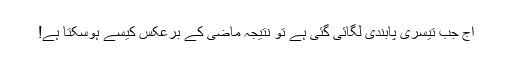
آج جب تیسری پابندی لگائی گئی ہے تو نتیجہ ماضی کے برعکس کیسے ہوسکتا ہے!